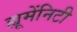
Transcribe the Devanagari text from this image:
ह्यूमेंनिटी